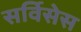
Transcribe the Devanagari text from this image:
सर्विसेस